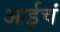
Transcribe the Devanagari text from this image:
आईचं